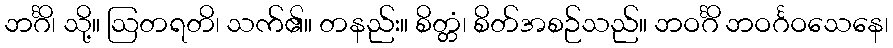
ဘင်္ဂိ၊ သို့။ ဩတရတိ၊ သက်၏။ တနည်း။ စိတ္တံ၊ စိတ်အစဉ်သည်။ ဘဝင်္ဂိ ဘဝင်္ဂဝသေနေ၊